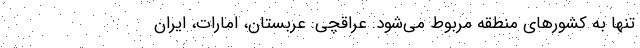
تنها به کشورهای منطقه مربوط می‌شود. عراقچی: عربستان، امارات، ایران